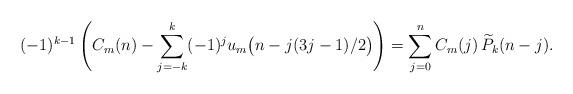
LaTeX: \begin{align*}& (-1)^{k-1}\left( C_m(n)-\sum_{j=-k}^k (-1)^j u_m\big(n-j(3j-1)/2\big) \right) = \sum_{j=0}^n C_m(j)\,\widetilde{P}_k(n-j).\end{align*}